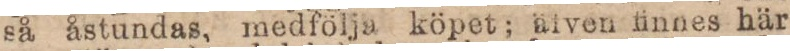
så åstundas, medfölja köpet; älven finnes här